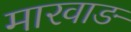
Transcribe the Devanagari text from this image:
मारवाङ